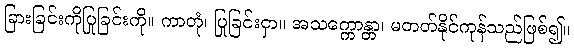
ခြားခြင်းကိုပြုခြင်းကို။ ကာတုံ၊ ပြုခြင်းငှာ။ အသက္ကောန္တာ၊ မတတ်နိုင်ကုန်သည်ဖြစ်၍။